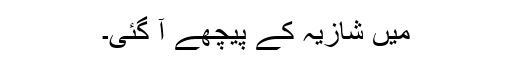
میں شازیہ کے پیچھے آ گئی۔